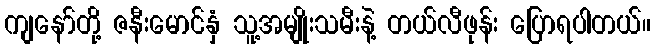
ကျနော်တို့ ဇနီးမောင်နှံ သူ့အမျိုးသမီးနဲ့ တယ်လီဖုန်း ပြောရပါတယ်။